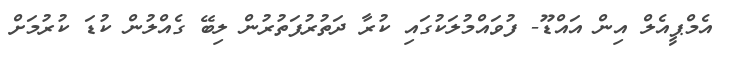
އެމްޕީއެލް އިން އައްޑޫ- ފުވައްމުލަކުގައި ކުރާ ދަތުރުފަތުރުން ލިބޭ ގެއްލުން ކުޑަ ކުރުމަށް